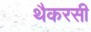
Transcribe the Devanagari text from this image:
थैकरसी